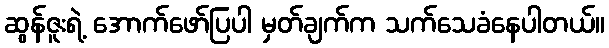
ဆွန်ဇူးရဲ့ အောက်ဖော်ပြပါ မှတ်ချက်က သက်သေခံနေပါတယ်။